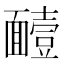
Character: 𮧑